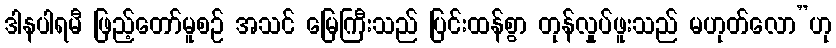
ဒါနပါရမီ ဖြည့်တော်မူစဉ် အသင် မြေကြီးသည် ပြင်းထန်စွာ တုန်လှုပ်ဖူးသည် မဟုတ်လော”ဟု